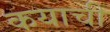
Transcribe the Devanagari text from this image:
कयाची